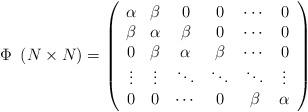
LaTeX: \begin{align*} \Phi\,\,\,(N \times N) = \left( \begin{array}[c]{cccccc} \alpha & \beta & 0 & 0 & \cdots & 0\\ \beta & \alpha & \beta & 0 & \cdots & 0\\ 0 & \beta & \alpha & \beta& \cdots & 0\\ \vdots & \vdots & \ddots & \ddots & \ddots & \vdots \\ 0 & 0 & \cdots & 0 & \beta &\alpha \end{array} \right)\end{align*}